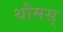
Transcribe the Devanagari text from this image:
थौमस्